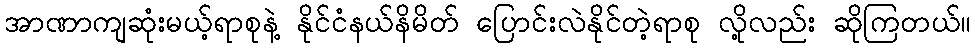
အာဏာကျဆုံးမယ့်ရာစုနဲ့ နိုင်ငံနယ်နိမိတ် ပြောင်းလဲနိုင်တဲ့ရာစု လို့လည်း ဆိုကြတယ်။